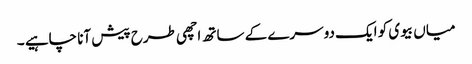
میاں بیوی کو ایک دوسرے کے ساتھ اچھی طرح پیش آنا چاہیے ۔